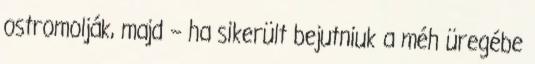
ostromolják, majd – ha sikerült bejutniuk a méh üregébe